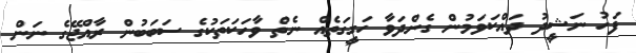
ފަހު ނަޝީދު ދައްކަވަމުން ގެންދަވާ ހަގީގަތެއް ނެތް ވާހަކަތަކުގެ ސަބަބުން ރާއްޖޭގެ ނަން